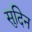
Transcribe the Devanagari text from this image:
सुदिन